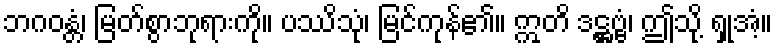
ဘဂဝန္တံ၊ မြတ်စွာဘုရားကို။ ပဿိသုံ၊ မြင်ကုန်၏။ ဣတိ ဒဋ္ဌဗ္ဗံ၊ ဤသို့ ရှုအံ့။